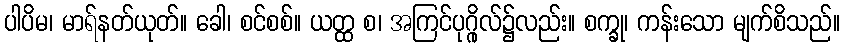
ပါပိမ၊ မာရ်နတ်ယုတ်။ ခေါ၊ စင်စစ်။ ယတ္ထ စ၊ အကြင်ပုဂ္ဂိုလ်၌လည်း။ စက္ခု၊ ကန်းသော မျက်စိသည်။